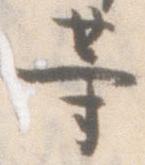
等